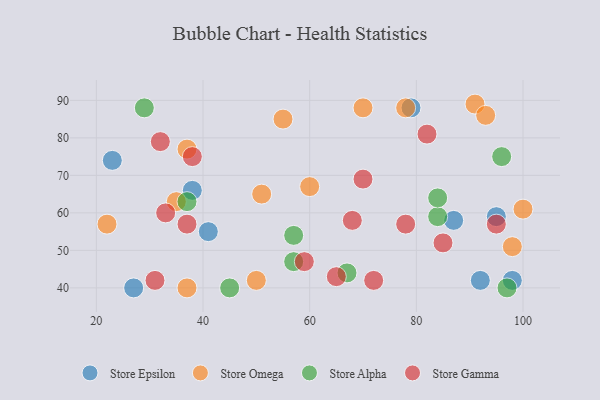
{"axis": {"x": "GDP", "y": "Life Expectancy"}, "legend": ["Store Alpha", "Store Epsilon", "Store Gamma", "Store Omega"], "data": [{"x": "27", "y": 40, "type": "Store Epsilon"}, {"x": "95", "y": 59, "type": "Store Epsilon"}, {"x": "92", "y": 42, "type": "Store Epsilon"}, {"x": "98", "y": 42, "type": "Store Epsilon"}, {"x": "38", "y": 66, "type": "Store Epsilon"}, {"x": "79", "y": 88, "type": "Store Epsilon"}, {"x": "87", "y": 58, "type": "Store Epsilon"}, {"x": "41", "y": 55, "type": "Store Epsilon"}, {"x": "23", "y": 74, "type": "Store Epsilon"}, {"x": "35", "y": 63, "type": "Store Omega"}, {"x": "37", "y": 77, "type": "Store Omega"}, {"x": "50", "y": 42, "type": "Store Omega"}, {"x": "55", "y": 85, "type": "Store Omega"}, {"x": "37", "y": 40, "type": "Store Omega"}, {"x": "51", "y": 65, "type": "Store Omega"}, {"x": "22", "y": 57, "type": "Store Omega"}, {"x": "98", "y": 51, "type": "Store Omega"}, {"x": "60", "y": 67, "type": "Store Omega"}, {"x": "91", "y": 89, "type": "Store Omega"}, {"x": "78", "y": 88, "type": "Store Omega"}, {"x": "100", "y": 61, "type": "Store Omega"}, {"x": "93", "y": 86, "type": "Store Omega"}, {"x": "70", "y": 88, "type": "Store Omega"}, {"x": "37", "y": 63, "type": "Store Alpha"}, {"x": "45", "y": 40, "type": "Store Alpha"}, {"x": "84", "y": 59, "type": "Store Alpha"}, {"x": "96", "y": 75, "type": "Store Alpha"}, {"x": "29", "y": 88, "type": "Store Alpha"}, {"x": "57", "y": 54, "type": "Store Alpha"}, {"x": "57", "y": 47, "type": "Store Alpha"}, {"x": "84", "y": 64, "type": "Store Alpha"}, {"x": "97", "y": 40, "type": "Store Alpha"}, {"x": "67", "y": 44, "type": "Store Alpha"}, {"x": "33", "y": 60, "type": "Store Gamma"}, {"x": "68", "y": 58, "type": "Store Gamma"}, {"x": "31", "y": 42, "type": "Store Gamma"}, {"x": "32", "y": 79, "type": "Store Gamma"}, {"x": "85", "y": 52, "type": "Store Gamma"}, {"x": "82", "y": 81, "type": "Store Gamma"}, {"x": "38", "y": 75, "type": "Store Gamma"}, {"x": "70", "y": 69, "type": "Store Gamma"}, {"x": "78", "y": 57, "type": "Store Gamma"}, {"x": "72", "y": 42, "type": "Store Gamma"}, {"x": "65", "y": 43, "type": "Store Gamma"}, {"x": "37", "y": 57, "type": "Store Gamma"}, {"x": "59", "y": 47, "type": "Store Gamma"}, {"x": "95", "y": 57, "type": "Store Gamma"}]}